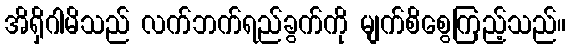
အိရှိဂါမိသည် လက်ဘက်ရည်ခွက်ကို မျက်စိစွေကြည့်သည်။